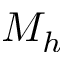
M _ { h }